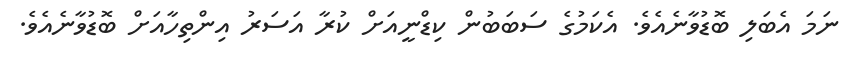
ނަމަ އެބަލި ބޮޑުވާނެއެވެ. އެކަމުގެ ސަބަބުން ކިޑްނީއަށް ކުރާ އަސަރު އިންތިހާއަށް ބޮޑުވާނެއެވެ.